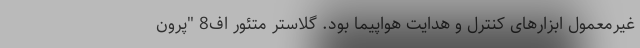
غیرمعمول ابزارهای کنترل و هدایت هواپیما بود. گلاستر متئور اف8 "پرون